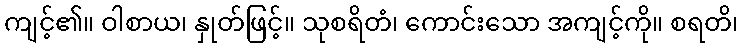
ကျင့်၏။ ဝါစာယ၊ နှုတ်ဖြင့်။ သုစရိတံ၊ ကောင်းသော အကျင့်ကို။ စရတိ၊